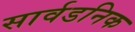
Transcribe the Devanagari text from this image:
सार्वडनिक